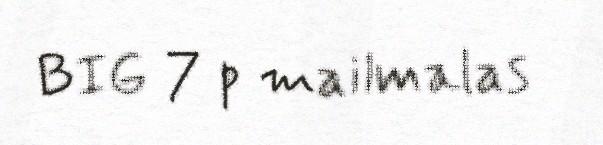
BIG 7 p mailmalas